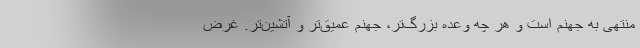
منتهی به جهنم است و هر چه وعده بزرگ‌تر، جهنم عمیق‌تر و آتشین‌تر. غرض